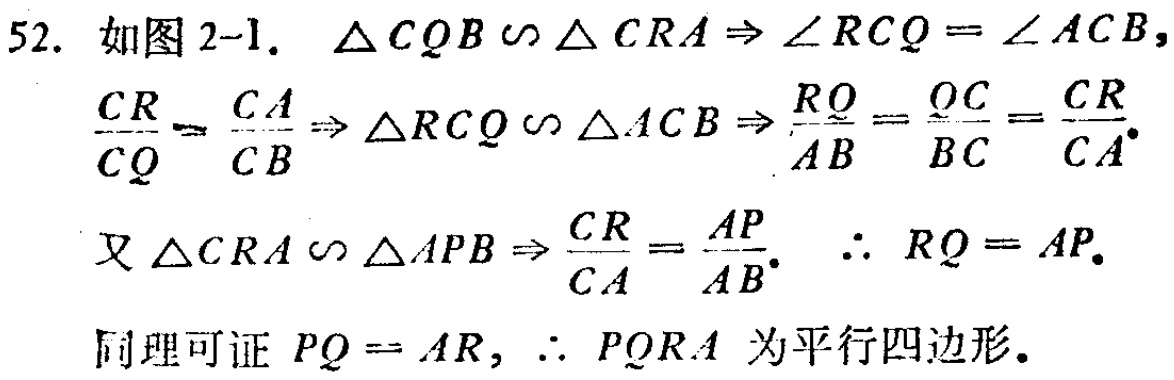
52. 如图 2-1. $\triangle CQB\sim\triangle CRA\Rightarrow\angle RCQ = \angle ACB$,
$\frac{CR}{CQ}=\frac{CA}{CB}\Rightarrow\triangle RCQ\sim\triangle ACB\Rightarrow\frac{RQ}{AB}=\frac{QC}{BC}=\frac{CR}{CA}.$
又$\triangle CRA\sim\triangle APB\Rightarrow\frac{CR}{CA}=\frac{AP}{AB}.$ $\therefore RQ = AP.$
同理可证 $PQ = AR$, $\therefore PQRA$ 为平行四边形.